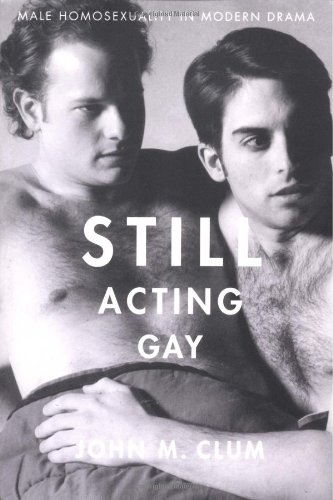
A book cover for Still Acting Gay: Male Homosexuality in Modern Drama; John M. Clum; Literature & Fiction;